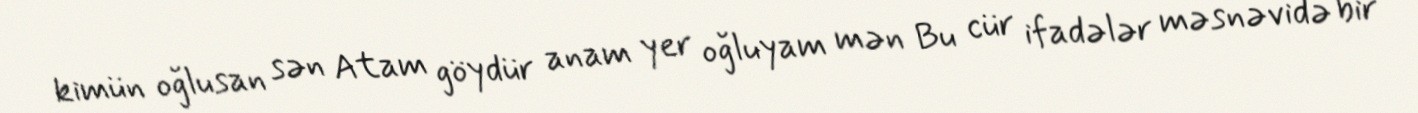
kimün oğlusan sən Atam göydür anam yer oğluyam mən Bu cür ifadələr məsnəvidə bir